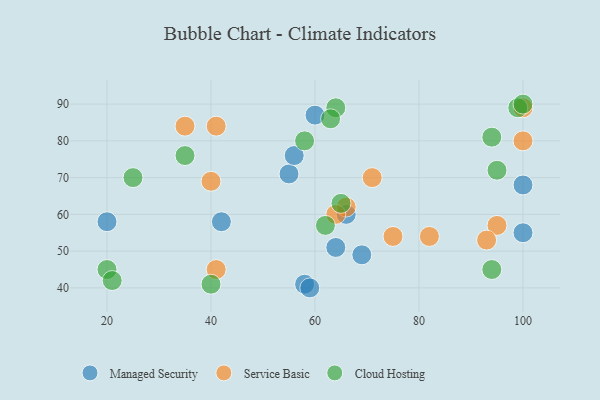
{"axis": {"x": "GDP", "y": "Life Expectancy"}, "legend": ["Cloud Hosting", "Managed Security", "Service Basic"], "data": [{"x": "100", "y": 68, "type": "Managed Security"}, {"x": "20", "y": 58, "type": "Managed Security"}, {"x": "58", "y": 41, "type": "Managed Security"}, {"x": "42", "y": 58, "type": "Managed Security"}, {"x": "66", "y": 60, "type": "Managed Security"}, {"x": "69", "y": 49, "type": "Managed Security"}, {"x": "59", "y": 40, "type": "Managed Security"}, {"x": "55", "y": 71, "type": "Managed Security"}, {"x": "100", "y": 55, "type": "Managed Security"}, {"x": "64", "y": 51, "type": "Managed Security"}, {"x": "60", "y": 87, "type": "Managed Security"}, {"x": "56", "y": 76, "type": "Managed Security"}, {"x": "100", "y": 80, "type": "Service Basic"}, {"x": "71", "y": 70, "type": "Service Basic"}, {"x": "95", "y": 57, "type": "Service Basic"}, {"x": "75", "y": 54, "type": "Service Basic"}, {"x": "66", "y": 62, "type": "Service Basic"}, {"x": "41", "y": 84, "type": "Service Basic"}, {"x": "82", "y": 54, "type": "Service Basic"}, {"x": "41", "y": 45, "type": "Service Basic"}, {"x": "100", "y": 89, "type": "Service Basic"}, {"x": "35", "y": 84, "type": "Service Basic"}, {"x": "40", "y": 69, "type": "Service Basic"}, {"x": "93", "y": 53, "type": "Service Basic"}, {"x": "64", "y": 60, "type": "Service Basic"}, {"x": "99", "y": 89, "type": "Cloud Hosting"}, {"x": "65", "y": 63, "type": "Cloud Hosting"}, {"x": "94", "y": 45, "type": "Cloud Hosting"}, {"x": "25", "y": 70, "type": "Cloud Hosting"}, {"x": "100", "y": 90, "type": "Cloud Hosting"}, {"x": "94", "y": 81, "type": "Cloud Hosting"}, {"x": "62", "y": 57, "type": "Cloud Hosting"}, {"x": "95", "y": 72, "type": "Cloud Hosting"}, {"x": "40", "y": 41, "type": "Cloud Hosting"}, {"x": "64", "y": 89, "type": "Cloud Hosting"}, {"x": "20", "y": 45, "type": "Cloud Hosting"}, {"x": "63", "y": 86, "type": "Cloud Hosting"}, {"x": "58", "y": 80, "type": "Cloud Hosting"}, {"x": "35", "y": 76, "type": "Cloud Hosting"}, {"x": "21", "y": 42, "type": "Cloud Hosting"}]}